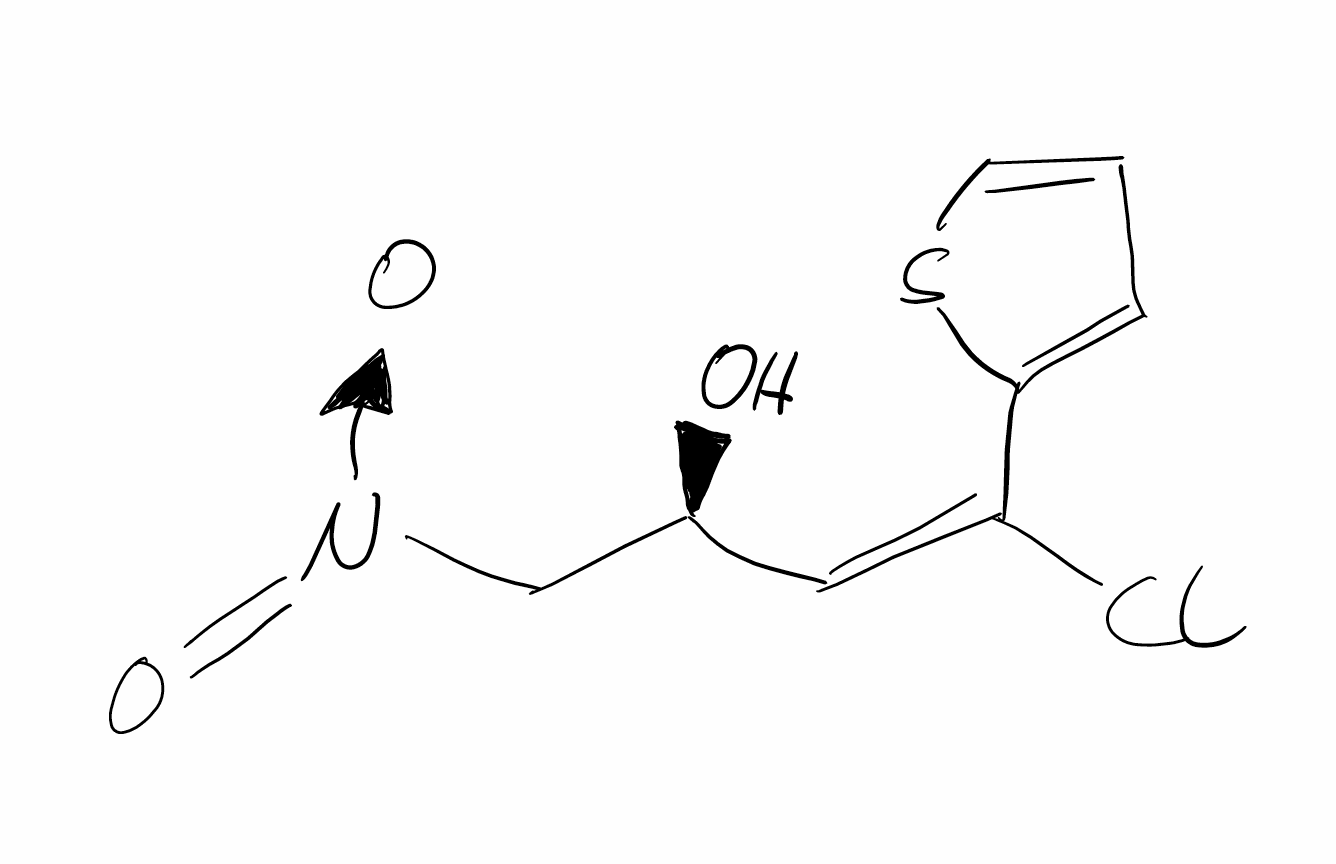
Simplified molecular-input line-entry system (SMILES) notation of the given molecule:
C1=CSC(=C1)/C(=C\[C@@H](C[N+](=O)[O-])O)/Cl